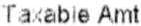
TAXABLE AMT